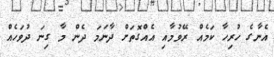
އެނާގެ ހުރިހާ ކަމެއް ރޭވުމާއި އެއްގޮތަށް ދާނަމަ ދެން މާ ގިނަ ދުވަހެއް